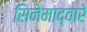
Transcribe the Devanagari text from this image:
सिनेमाद्वारे